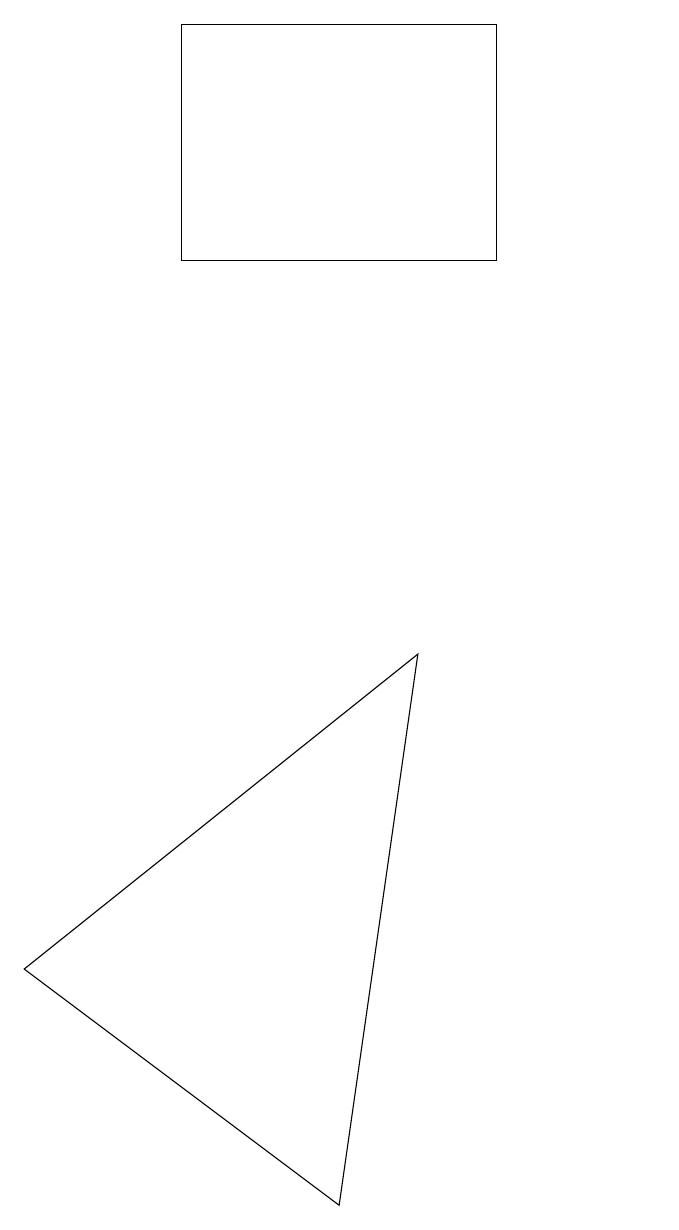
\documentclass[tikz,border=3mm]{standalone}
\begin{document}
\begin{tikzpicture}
\draw (7,9) -- (6,2) -- (2,5) -- cycle;
\draw (8,14) rectangle (4,17);
\draw (10,10) circle (0);
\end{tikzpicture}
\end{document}